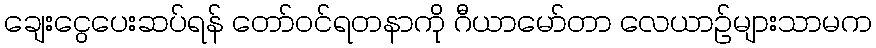
ချေးငွေပေးဆပ်ရန် တော်ဝင်ရတနာကို ဂီယာမော်တာ လေယာဉ်များသာမက